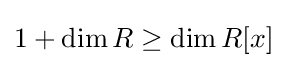
1+\dim R\geq \dim R[x]